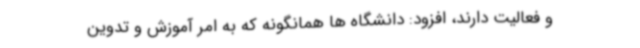
و فعالیت دارند، افزود: دانشگاه ها همانگونه که به امر آموزش و تدوین